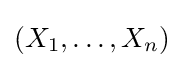
(X_{1},\ldots ,X_{n})